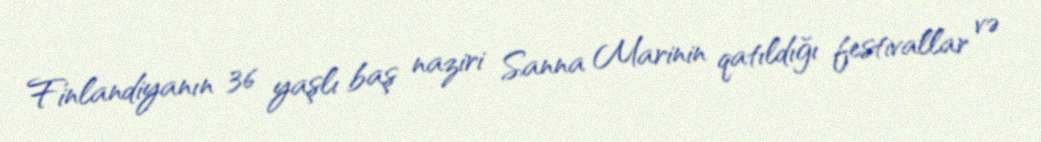
Finlandiyanın 36 yaşlı baş naziri Sanna Marinin qatıldığı festivallar və